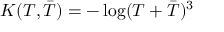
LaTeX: K ( T , { \bar { T } } ) = - \log ( T + { \bar { T } } ) ^ { 3 }